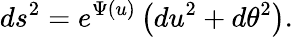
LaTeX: ds^{2}=e^{\Psi(u)}\left(du^{2}+d\theta^{2}\right).